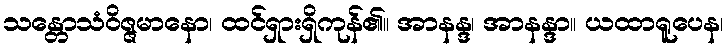
သန္တောသံဝိဇ္ဇမာနော၊ ထင်ရှားရှိကုန်၏။ အာနန္ဒ၊ အာနန္ဒာ။ ယထာရူပေန၊